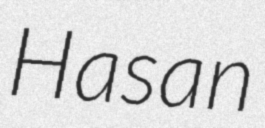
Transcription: Hasan